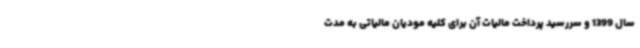
سال 1399 و سررسید پرداخت مالیات آن برای کلیه مودیان مالیاتی به مدت